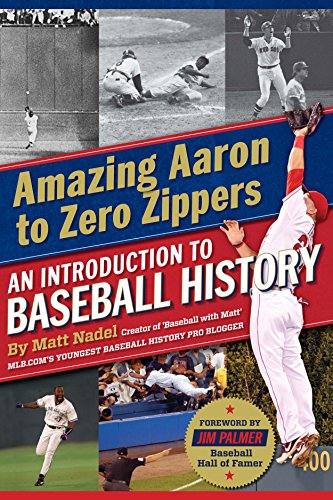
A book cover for Amazing Aaron to Zero Zippers; Matt Nadel; Teen & Young Adult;